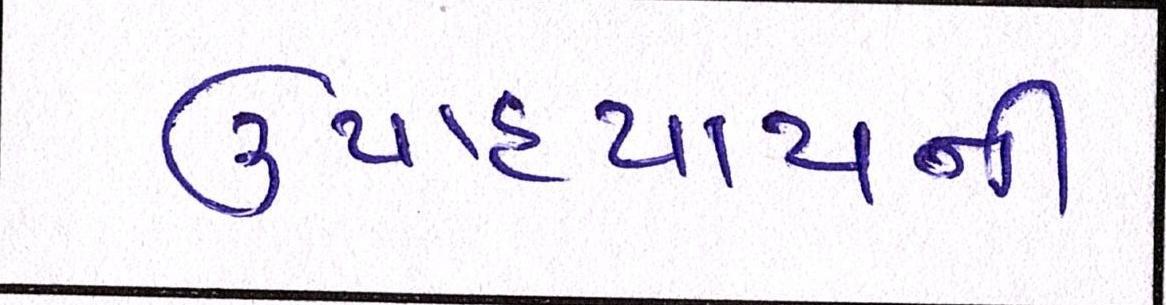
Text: ઉપાધ્યાયની